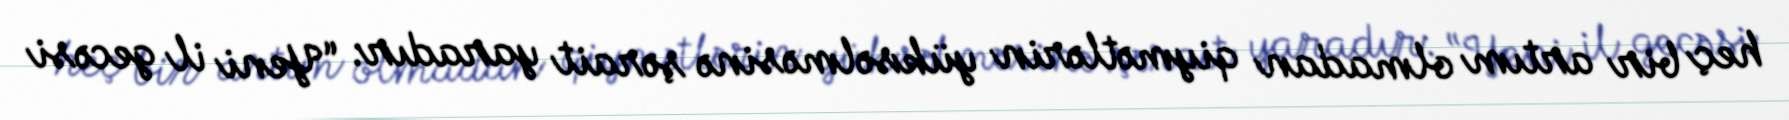
heç bir artım olmadan qiymətlərin yüksəlməsinə şərait yaradır: “Yeni il gecəsi